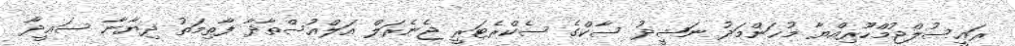
ރައީސުލްޖުމްހޫރިއްޔާ މުޙަންމަދު ނަޝީދު ސާކްގެ ސެކްރެޓަރީ ޖެނެރަލް އަލްއުސްތާޛާ ފާޠިމަތު ދިޔާނާ ސަޢީދާ